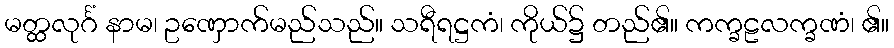
မတ္ထလုင်္ဂံ နာမ၊ ဥဏှောက်မည်သည်။ သရီရဋ္ဌကံ၊ ကိုယ်၌ တည်၏။ ကက္ခဠလက္ခဏံ၊ ၏။